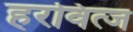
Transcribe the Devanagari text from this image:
हरवित्ज